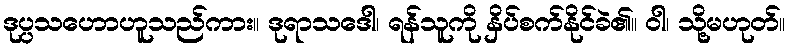
ဒုပ္ပသဟောဟူသည်ကား။ ဒုရာသဒေါ၊ ရန်သူကို နှိပ်စက်နိုင်ခဲ၏။ ဝါ၊ သို့မဟုတ်။